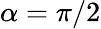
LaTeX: \alpha=\pi/2